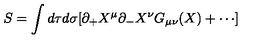
S = \int d \tau d \sigma [ \partial _ { + } X ^ { \mu } \partial _ { - } X ^ { \nu } G _ { \mu \nu } ( X ) + \cdots ]